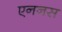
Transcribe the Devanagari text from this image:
एननस